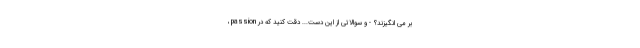
بر می انگیزند؟ - و سوالاتی از این دست... دقت کنید که در passion ،